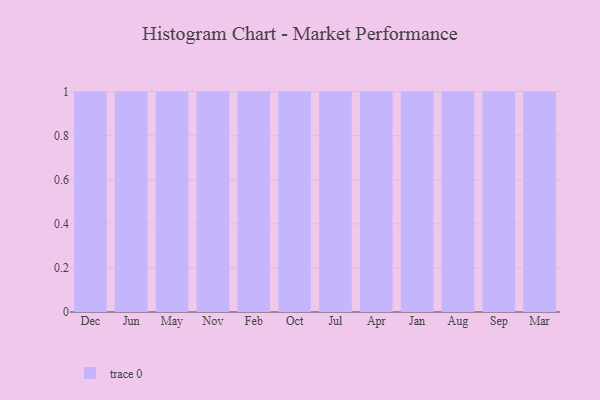
{"axis": {"x": "Month", "y": "Churn Rate (%)"}, "legend": [""], "data": [{"x": "Dec", "y": 51, "type": ""}, {"x": "Jun", "y": 2, "type": ""}, {"x": "May", "y": 8, "type": ""}, {"x": "Nov", "y": 97, "type": ""}, {"x": "Feb", "y": 85, "type": ""}, {"x": "Oct", "y": 27, "type": ""}, {"x": "Jul", "y": 14, "type": ""}, {"x": "Apr", "y": 55, "type": ""}, {"x": "Jan", "y": 2, "type": ""}, {"x": "Aug", "y": 4, "type": ""}, {"x": "Sep", "y": 45, "type": ""}, {"x": "Mar", "y": 10, "type": ""}]}